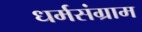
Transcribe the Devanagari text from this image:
धर्मसंग्राम